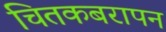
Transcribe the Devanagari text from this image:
चितकबरापन